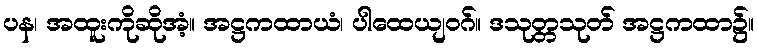
ပန၊ အထူးကိုဆိုအံ့။ အဋ္ဌကထာယံ၊ ပါထေယျဝဂ်။ ဒသုတ္တသုတ် အဋ္ဌကထာ၌။